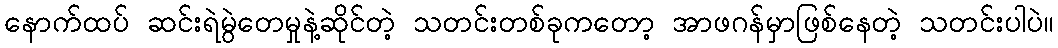
နောက်ထပ် ဆင်းရဲမွဲတေမှုနဲ့ဆိုင်တဲ့ သတင်းတစ်ခုကတော့ အာဖဂန်မှာဖြစ်နေတဲ့ သတင်းပါပဲ။